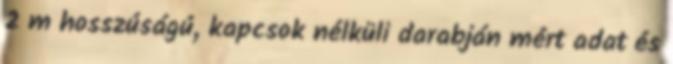
2 m hosszúságú, kapcsok nélküli darabján mért adat és